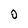
Character: O